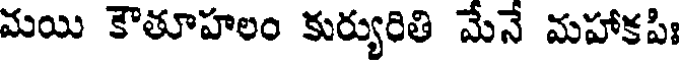
మయి కౌతూహలం కుర్యురితి మేనే మహాకపిః